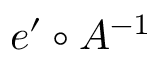
e ^ { \prime } \circ A ^ { - 1 }